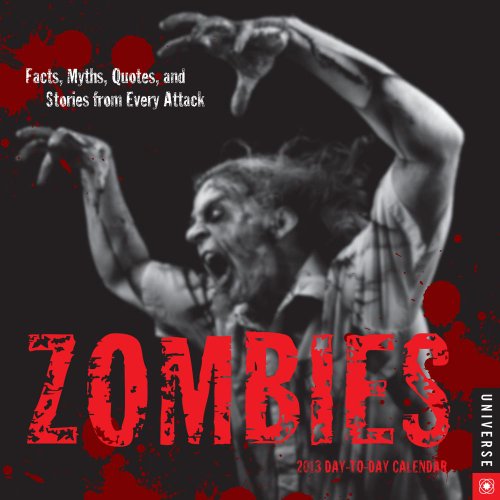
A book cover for Zombies 2013 Day-to-Day Calendar: Facts, Myths, Quotes, and Stories from Every Attack; Universe Publishing; Calendars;